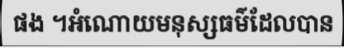
ផង ។អំណោយមនុស្សធម៌ដែលបាន